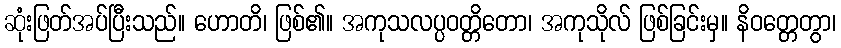
ဆုံးဖြတ်အပ်ပြီးသည်။ ဟောတိ၊ ဖြစ်၏။ အကုသလပ္ပဝတ္တိတော၊ အကုသိုလ် ဖြစ်ခြင်းမှ။ နိဝတ္တေတွာ၊